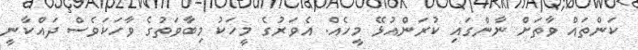
ކަންތައް ވާތަށް ނާންގައި ކުރަންއުޅޭ މީހެއް. އެވަރުގެ މީހަކު މިބާވަތުގެ ވާހަކަވެސް ދައްކާނީ